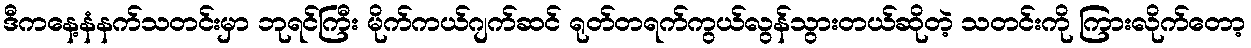
ဒီကနေ့နံနက်သတင်းမှာ ဘုရင်ကြီး မိုက်ကယ်ဂျက်ဆင် ရုတ်တရက်ကွယ်လွန်သွားတယ်ဆိုတဲ့ သတင်းကို ကြားလိုက်တော့